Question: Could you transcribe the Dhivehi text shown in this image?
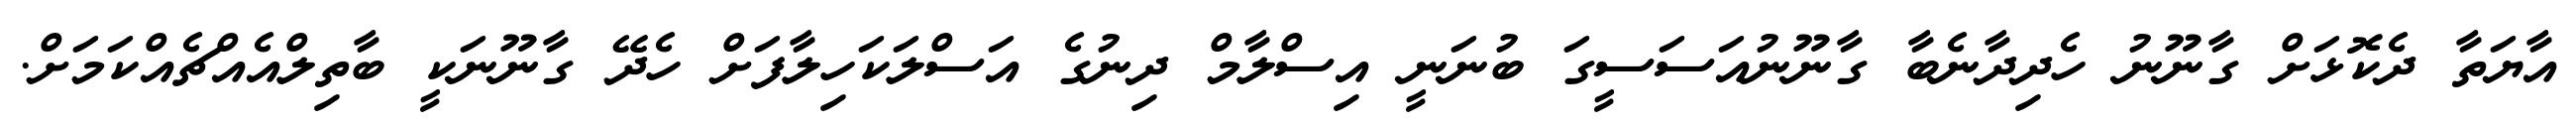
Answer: އާޔަތާ ދެކޮޅަށް ގާނޫނު ހެދިދާނެބާ ގާނޫނުއަސަސީގަ ބުނަނީ އިސްލާމް ދިނުގެ އަސްލަކަހިލާފަށް ހެދޭ ގާނޫނަކީ ބާތިލްއެއްޗެއްކަމަށް.